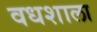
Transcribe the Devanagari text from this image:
वधशाला